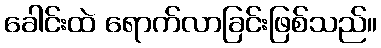
ခေါင်းထဲ ရောက်လာခြင်းဖြစ်သည်။